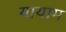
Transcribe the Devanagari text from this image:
यायाम